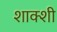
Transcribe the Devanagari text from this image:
शाक्शी